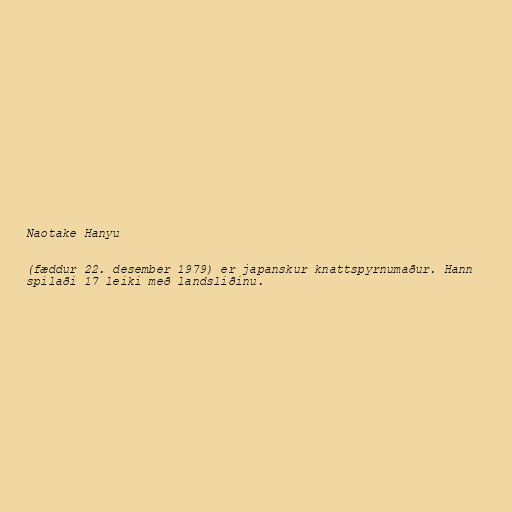
Naotake Hanyu

(fæddur 22. desember 1979) er japanskur knattspyrnumaður. Hann
spilaði 17 leiki með landsliðinu.